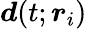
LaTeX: \boldsymbol{d}(t;\boldsymbol{r}_{i})